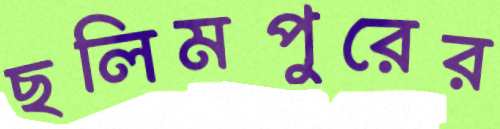
ছলিমপুরের